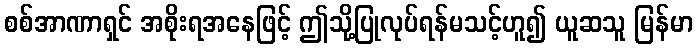
စစ်အာဏာရှင် အစိုးရအနေဖြင့် ဤသို့ပြုလုပ်ရန်မသင့်ဟူ၍ ယူဆသူ မြန်မာ